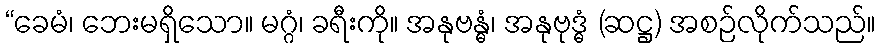
“ခေမံ၊ ဘေးမရှိသော။ မဂ္ဂံ၊ ခရီးကို။ အနုဗန္ဓံ၊ အနုဗုဒ္ဓံ (ဆဋ္ဌ) အစဉ်လိုက်သည်။